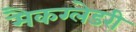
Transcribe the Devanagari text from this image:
मैकग्लेडरी